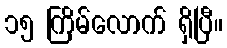
၁၅ ကြိမ်လောက် ရှိပြီ။